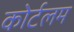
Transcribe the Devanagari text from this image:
कोर्टलम